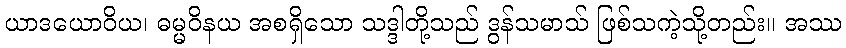
ယာဒယောဝိယ၊ ဓမ္မဝိနယ အစရှိသော သဒ္ဒါတို့သည် ဒွန်သမာသ် ဖြစ်သကဲ့သို့တည်း။ အဿ